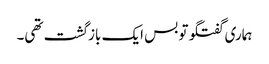
ہماری گفتگو تو بس ایک بازگشت تھی۔